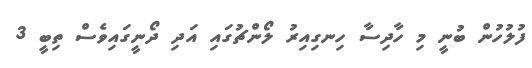
ފުލުހުން ބުނީ މި ހާދިސާ ހިނގިއިރު ލޯންޗުގައި އަދި ދޯނީގައިވެސް ތިބީ 3